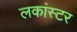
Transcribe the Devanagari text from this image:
लकांस्टर